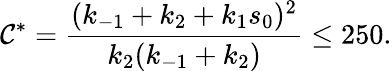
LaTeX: \mathcal{C}^{*}=\frac{{(k_{-1}+k_{2}+k_{1}s_{0})^{2}}}{{k_{2}(k_{-1}+k_{2})}}\leq250.